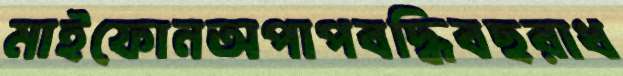
মাইফোনঅপাপবদ্ধিবছরাধ